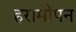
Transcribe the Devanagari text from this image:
हरामीपन